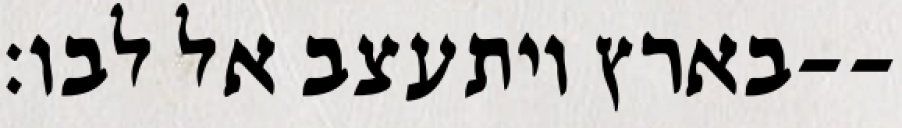
בארץ ויתעצב אל לבו׃--